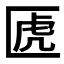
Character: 𠥶